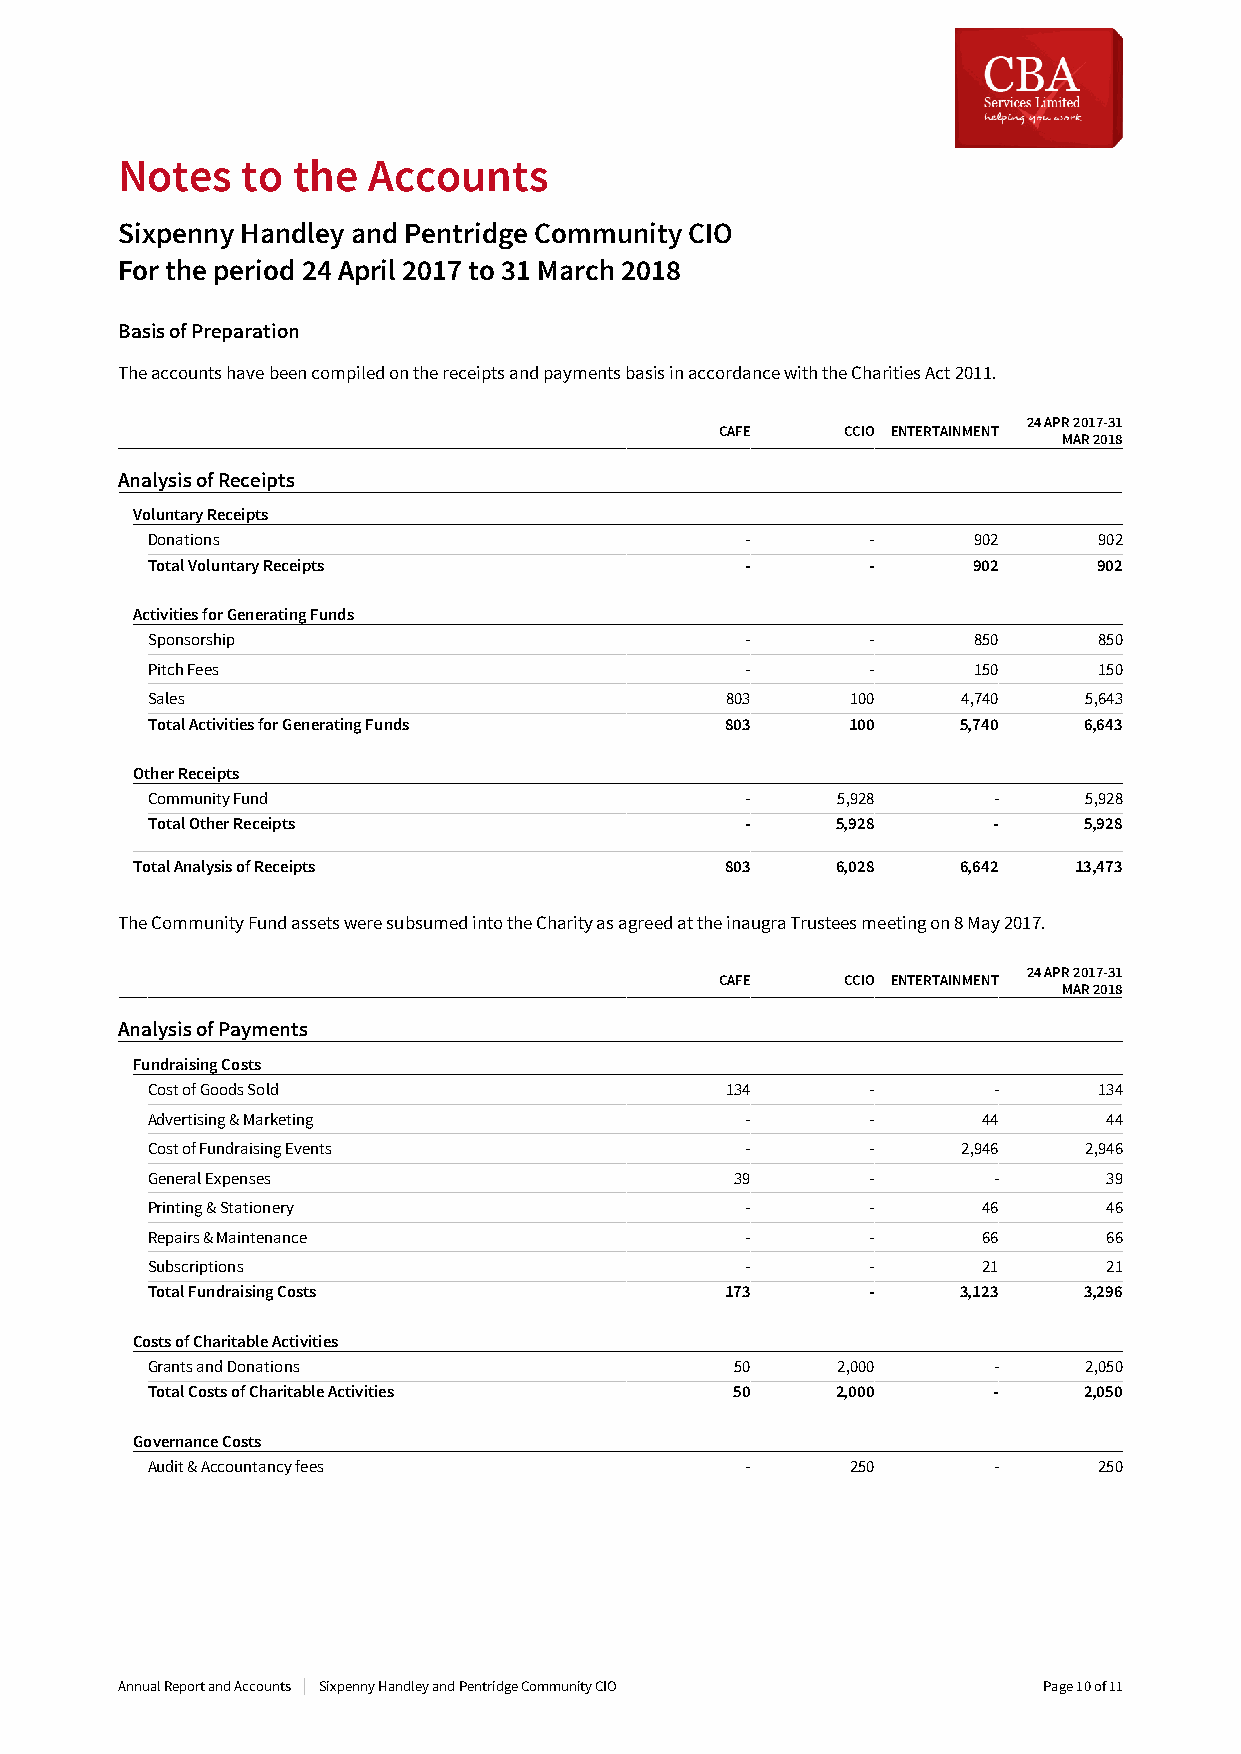
Notes   to the  Accounts
 SixpennyHandleyandPentridgeCommunityCIO
 Fortheperiod24April2017to31March2018
 BasisofPreparation
 TheaccountshavebeencompiledonthereceiptsandpaymentsbasisinaccordancewiththeCharitiesAct2011.
 24APR2017-31
 CAFE    CCIO ENTERTAINMENT
 MAR2018
 AnalysisofReceipts
 VoluntaryReceipts
 Donations                              -        -     902      902
 TotalVoluntaryReceipts                 -        -     902      902
 ActivitiesforGeneratingFunds
 Sponsorship                            -        -     850      850
 PitchFees                              -        -     150      150
 Sales                                 803     100     4,740   5,643
 TotalActivitiesforGeneratingFunds     803     100     5,740   6,643
 OtherReceipts
 CommunityFund                          -     5,928      -     5,928
 TotalOtherReceipts                     -     5,928      -     5,928
 TotalAnalysisofReceipts                803    6,028    6,642  13,473
 TheCommunityFundassetsweresubsumedintotheCharityasagreedattheinaugraTrusteesmeetingon8May2017.
 24APR2017-31
 CAFE    CCIO ENTERTAINMENT
 MAR2018
 AnalysisofPayments
 FundraisingCosts
 CostofGoodsSold                       134       -       -      134
 Advertising&Marketing                  -        -      44      44
 CostofFundraisingEvents                -        -     2,946   2,946
 GeneralExpenses                        39       -       -      39
 Printing&Stationery                    -        -      46      46
 Repairs&Maintenance                    -        -      66      66
 Subscriptions                          -        -      21      21
 TotalFundraisingCosts                 173       -     3,123   3,296
 CostsofCharitableActivities
 GrantsandDonations                     50    2,000      -     2,050
 TotalCostsofCharitableActivities       50    2,000      -     2,050
 GovernanceCosts
 Audit&Accountancyfees                  -      250       -      250
 AnnualReportandAccounts SixpennyHandleyandPentridgeCommunityCIO Page10of11